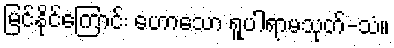
မြင်နိုင်ကြောင်း ဟောသော ရူပါရာမသုတ်-သံ။